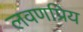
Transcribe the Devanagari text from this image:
लवणप्रिय